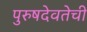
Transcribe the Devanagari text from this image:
पुरुषदेवतेची